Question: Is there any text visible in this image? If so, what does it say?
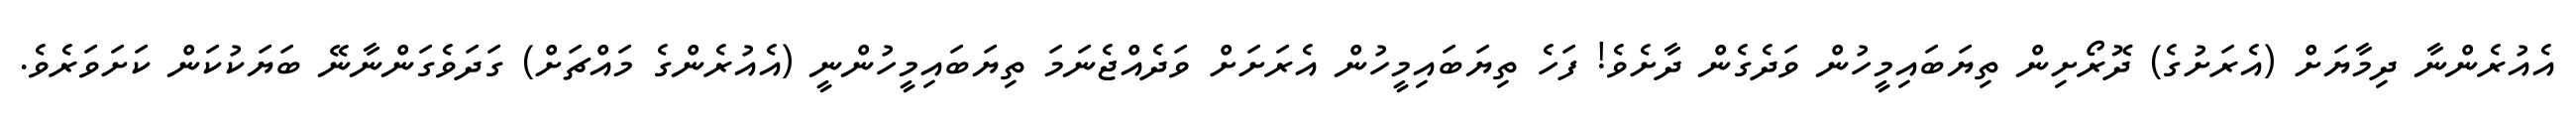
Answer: އެއުރެންނާ ދިމާޔަށް (އެރަށުގެ) ދޮރޯށިން ތިޔަބައިމީހުން ވަދެގެން ދާށެވެ! ފަހެ ތިޔަބައިމީހުން އެރަށަށް ވަދެއްޖެނަމަ ތިޔަބައިމީހުންނީ (އެއުރެންގެ މައްޗަށް) ގަދަވެގަންނާނޭ ބަޔަކުކަން ކަށަވަރެވެ.